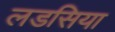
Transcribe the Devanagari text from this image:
लडसिया